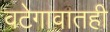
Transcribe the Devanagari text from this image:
वटेगावातही